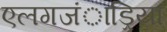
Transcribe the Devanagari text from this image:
एलगजंाड्रिया